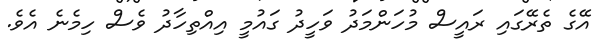
އޭގެ ތެރޭގައި ރައީސް މުހަންމަދު ވަހީދު ގައުމީ އިއްތިހާދު ވެސް ހިމެނެ އެވެ.